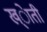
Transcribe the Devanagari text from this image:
ख्ेाती